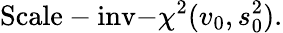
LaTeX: {\mathrm{Scale-inv-}}\chi^{2}(v_{0},s_{0}^{2}).